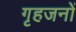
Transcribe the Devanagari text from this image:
गृहजनों